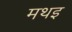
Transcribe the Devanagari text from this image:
मथइ